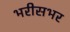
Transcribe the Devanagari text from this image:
भरीसभर